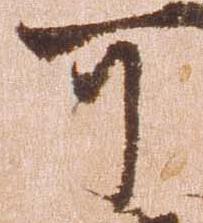
可